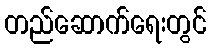
တည်ဆောက်ရေးတွင်